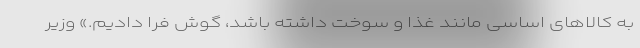
به کالاهای اساسی مانند غذا و سوخت داشته باشد، گوش فرا دادیم.» وزیر